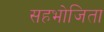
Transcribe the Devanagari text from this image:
सहभोजिता